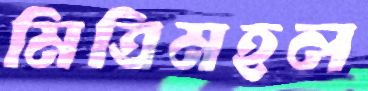
মিত্রিমহল